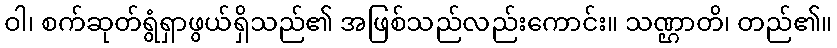
ဝါ၊ စက်ဆုတ်ရွံရှာဖွယ်ရှိသည်၏ အဖြစ်သည်လည်းကောင်း။ သဏ္ဌာတိ၊ တည်၏။